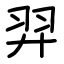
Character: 羿